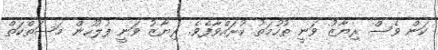
ކަން ވެސް ރިޔާޒު ވަނީ ތުހުމަތު ކުރައްވާފެވެ. ރިޔާޒު ވަނީ ފުލުހުން މަސަތްކަތް